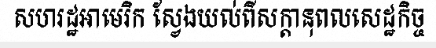
សហរដ្ឋអាមេរិក ស្វែងយល់ពីសក្តានុពលសេដ្ឋកិច្ច